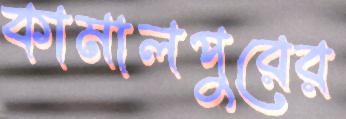
কামালপুরের